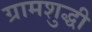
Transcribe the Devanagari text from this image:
ग्रामशुद्धी